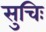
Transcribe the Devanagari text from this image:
सुचिः